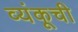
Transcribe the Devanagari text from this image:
व्यंकूची